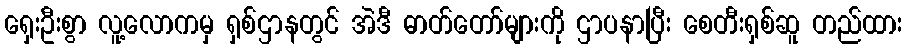
ရှေးဦးစွာ လူ့လောကမှ ရှစ်ဌာနတွင် အဲဒီ ဓာတ်တော်များကို ဌာပနာပြီး စေတီးရှစ်ဆူ တည်ထား